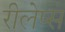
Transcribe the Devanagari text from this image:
रीलेप्स